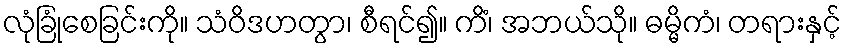
လုံခြုံစေခြင်းကို။ သံဝိဒဟတွာ၊ စီရင်၍။ ကိံ၊ အဘယ်သို။ ဓမ္မိကံ၊ တရားနှင့်